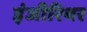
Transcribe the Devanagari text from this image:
इंजीरियर